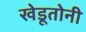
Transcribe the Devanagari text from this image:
खेडूतोनी